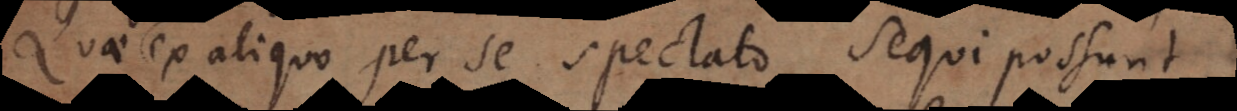
u. ex aliquo per se spectato sequi possunt,